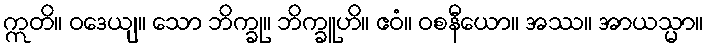
ဣတိ။ ဝဒေယျ။ သော ဘိက္ခု။ ဘိက္ခူဟိ။ ဧဝံ။ ဝစနီယော။ အဿ။ အာယသ္မာ။